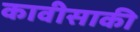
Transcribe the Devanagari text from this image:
कावीसाकी